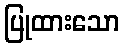
ပြုထားသော